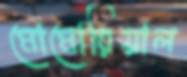
মোমোরিয়াল